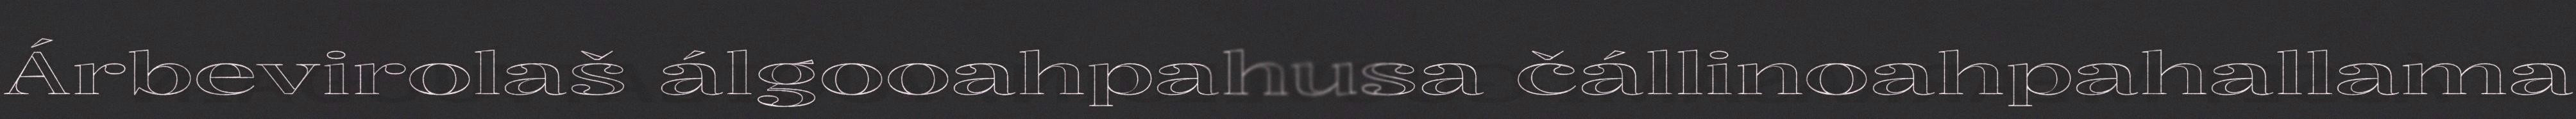
Árbevirolaš álgooahpahusa čállinoahpahallama